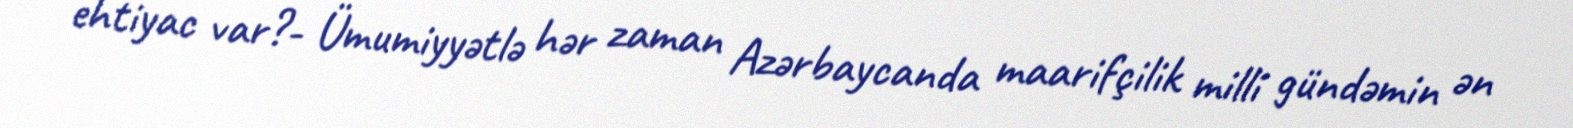
ehtiyac var?- Ümumiyyətlə hər zaman Azərbaycanda maarifçilik milli gündəmin ən